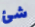
شئ